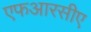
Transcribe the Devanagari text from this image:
एफआरसीए